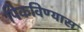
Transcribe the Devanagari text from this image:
पिकविण्यास